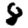
Digit: 8